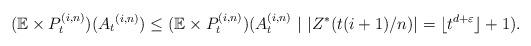
LaTeX: \begin{align*} (\mathbb{E}\times P^{(i,n)}_t)(A_t&^{(i,n)})\leq (\mathbb{E}\times P^{(i,n)}_t)(A_t^{(i,n)}\ |\ |Z^*(t(i+1)/n)|=\lfloor t^{d+\varepsilon}\rfloor+1). \end{align*}